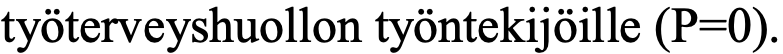
työterveyshuollon työntekijöille (P=0).